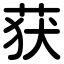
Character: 获